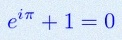
e^{i\pi}+1=0